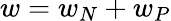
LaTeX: w=w_{N}+w_{P}